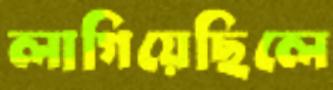
লাগিয়েছিলে